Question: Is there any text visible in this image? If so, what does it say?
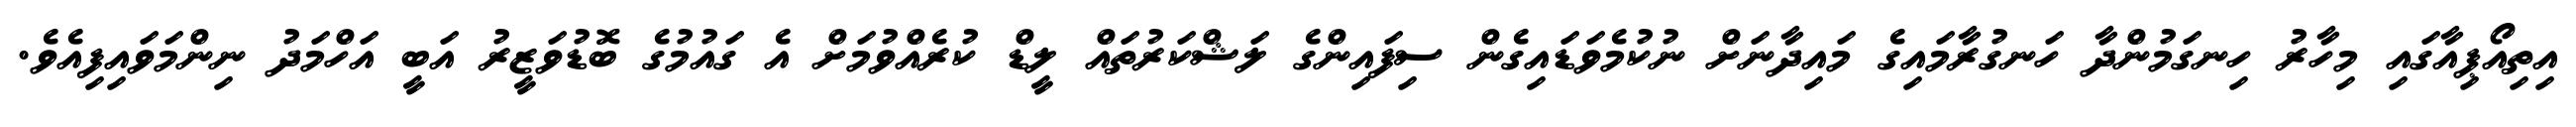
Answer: އިތިއޯޕިއާގައި މިހާރު ހިނގަމުންދާ ހަނގުރާމައިގެ މައިދާނަށް ނުކުމެވަޑައިގެން ސިފައިންގެ ލަޝްކަރުތައް ލީޑް ކުރެއްވުމަށް އެ ގައުމުގެ ބޮޑުވަޒީރު އަބީ އަހްމަދު ނިންމަވައިފިއެވެ.